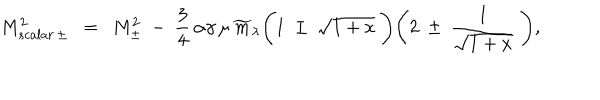
LaTeX: M _ { s c a l a r \, \pm } ^ { 2 } ~ ~ = ~ ~ M _ { \pm } ^ { 2 } ~ - ~ { \frac { 3 } { 4 } } \, \alpha \gamma \, \mu \, \widetilde { m } _ { \lambda } \Bigg ( 1 ~ \pm ~ \sqrt { 1 + x } ~ \Bigg ) \Bigg ( 2 ~ \pm ~ { \frac { 1 } { \sqrt { 1 + x } } } ~ \Bigg ) ,